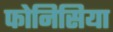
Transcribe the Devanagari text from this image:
फोनिसिया